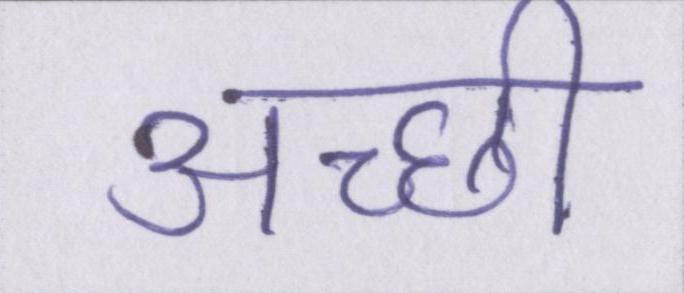
अच्छी